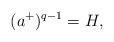
LaTeX: \begin{align*}(a^+)^{q-1}=H,\end{align*}